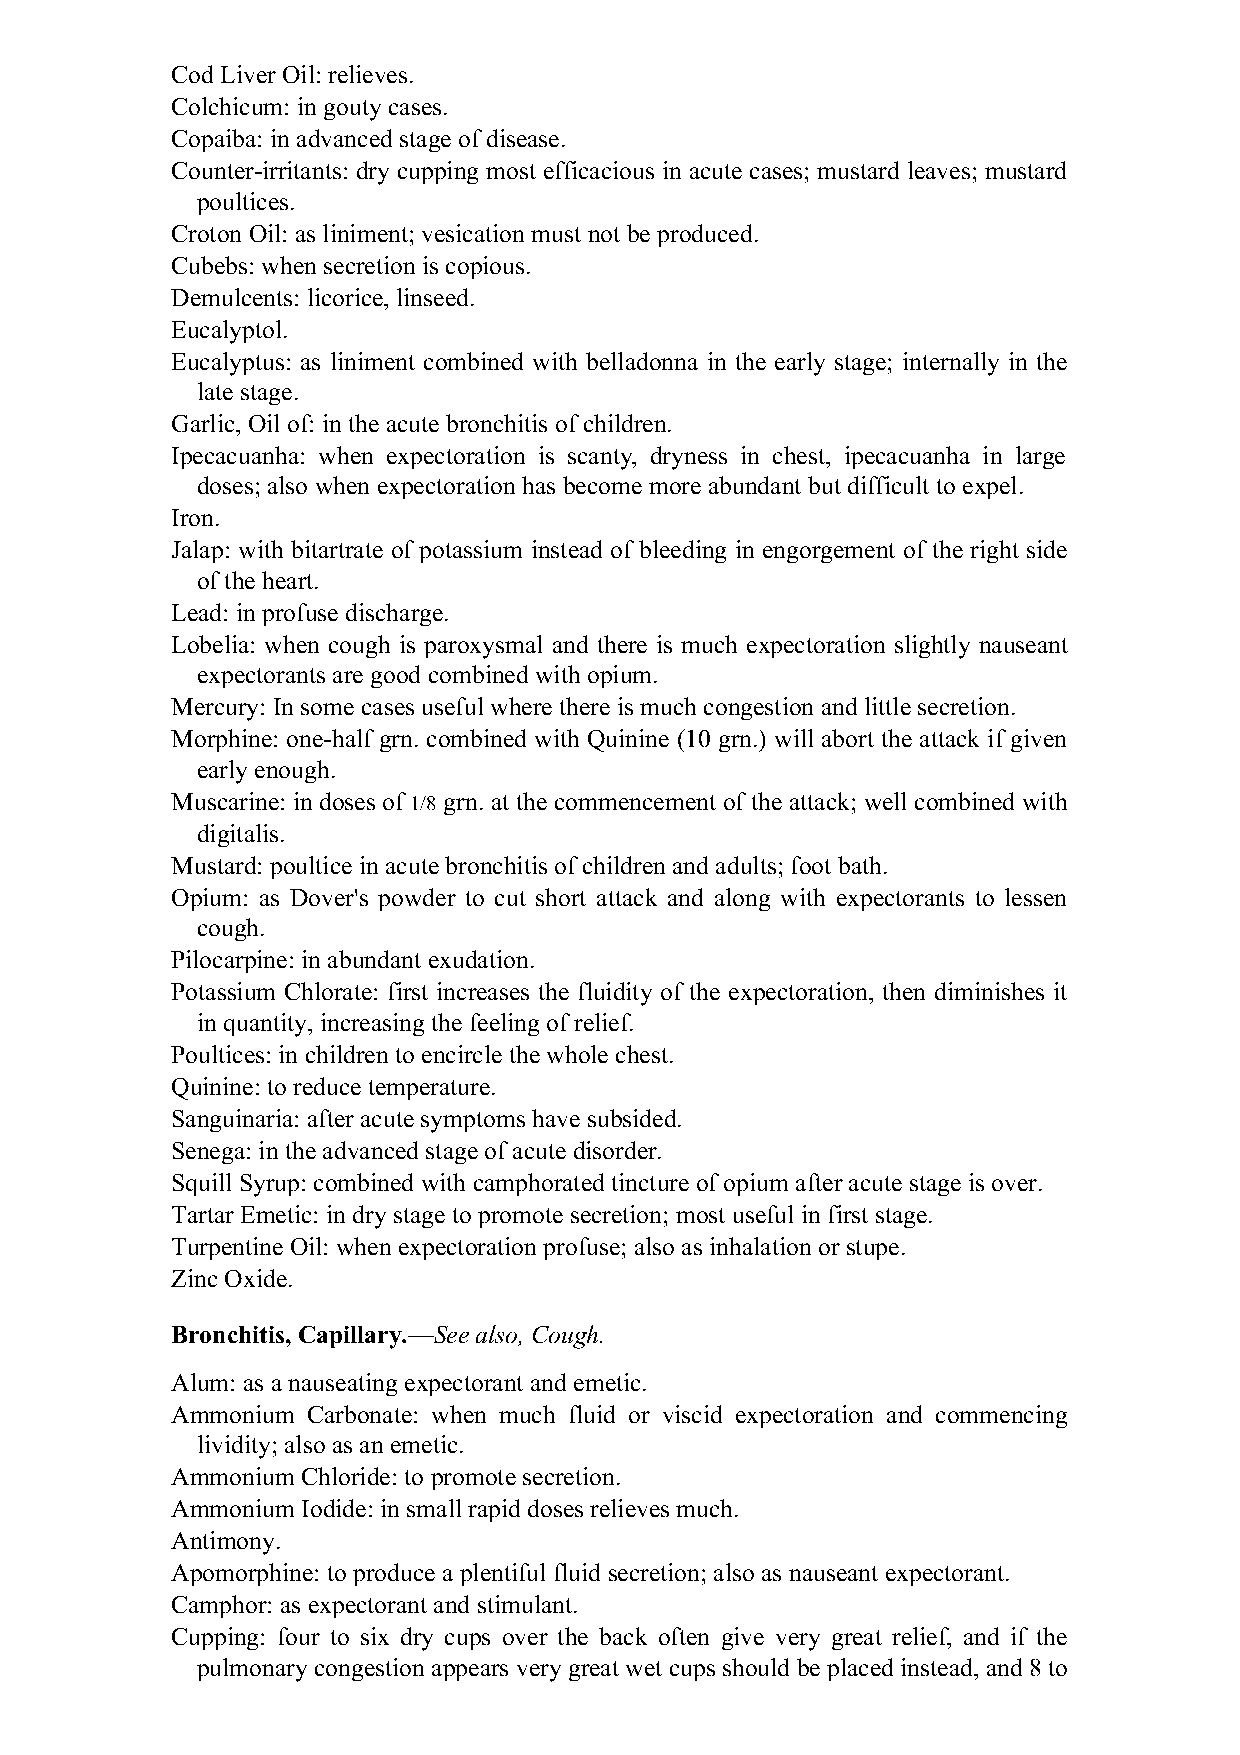
Cod Liver Oil: relieves.
 Colchicum: in gouty cases.
 Copaiba: in advanced stage of disease.
 Counter-irritants: dry cupping most efficacious in acute cases; mustard leaves; mustard
 poultices.
 Croton Oil: as liniment; vesication must not be produced.
 Cubebs: when secretion is copious.
 Demulcents: licorice, linseed.
 Eucalyptol.
 Eucalyptus: as liniment combined with belladonna in the early stage; internally in the
 late stage.
 Garlic, Oil of: in the acute bronchitis of children.
 Ipecacuanha: when expectoration is scanty, dryness in chest, ipecacuanha in large
 doses; also when expectoration has become more abundant but difficult to expel.
 Iron.
 Jalap: with bitartrate of potassium instead of bleeding in engorgement of the right side
 of the heart.
 Lead: in profuse discharge.
 Lobelia: when cough is paroxysmal and there is much expectoration slightly nauseant
 expectorants are good combined with opium.
 Mercury: In some cases useful where there is much congestion and little secretion.
 Morphine: one-half grn. combined with Quinine (10 grn.) will abort the attack if given
 early enough.
 Muscarine: in doses of 1/8 grn. at the commencement of the attack; well combined with
 digitalis.
 Mustard: poultice in acute bronchitis of children and adults; foot bath.
 Opium: as Dover's powder to cut short attack and along with expectorants to lessen
 cough.
 Pilocarpine: in abundant exudation.
 Potassium Chlorate: first increases the fluidity of the expectoration, then diminishes it
 in quantity, increasing the feeling of relief.
 Poultices: in children to encircle the whole chest.
 Quinine: to reduce temperature.
 Sanguinaria: after acute symptoms have subsided.
 Senega: in the advanced stage of acute disorder.
 Squill Syrup: combined with camphorated tincture of opium after acute stage is over.
 Tartar Emetic: in dry stage to promote secretion; most useful in first stage.
 Turpentine Oil: when expectoration profuse; also as inhalation or stupe.
 Zinc Oxide.
 Bronchitis, Capillary.—See also, Cough.
 Alum: as a nauseating expectorant and emetic.
 Ammonium Carbonate: when much fluid or viscid expectoration and commencing
 lividity; also as an emetic.
 Ammonium Chloride: to promote secretion.
 Ammonium Iodide: in small rapid doses relieves much.
 Antimony.
 Apomorphine: to produce a plentiful fluid secretion; also as nauseant expectorant.
 Camphor: as expectorant and stimulant.
 Cupping: four to six dry cups over the back often give very great relief, and if the
 pulmonary congestion appears very great wet cups should be placed instead, and 8 to